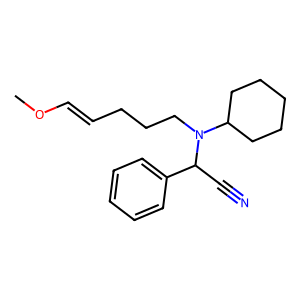
SMILES: COC=CCCCN(C1CCCCC1)C(C#N)c1ccccc1
Inhibits HIV replication: No